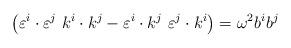
LaTeX: \begin{align*}\left(\varepsilon^i\cdot\varepsilon^j~k^i\cdot k^j- \varepsilon^i\cdot k^j~\varepsilon^j\cdot k^i \right)=\omega^2b^ib^j\end{align*}